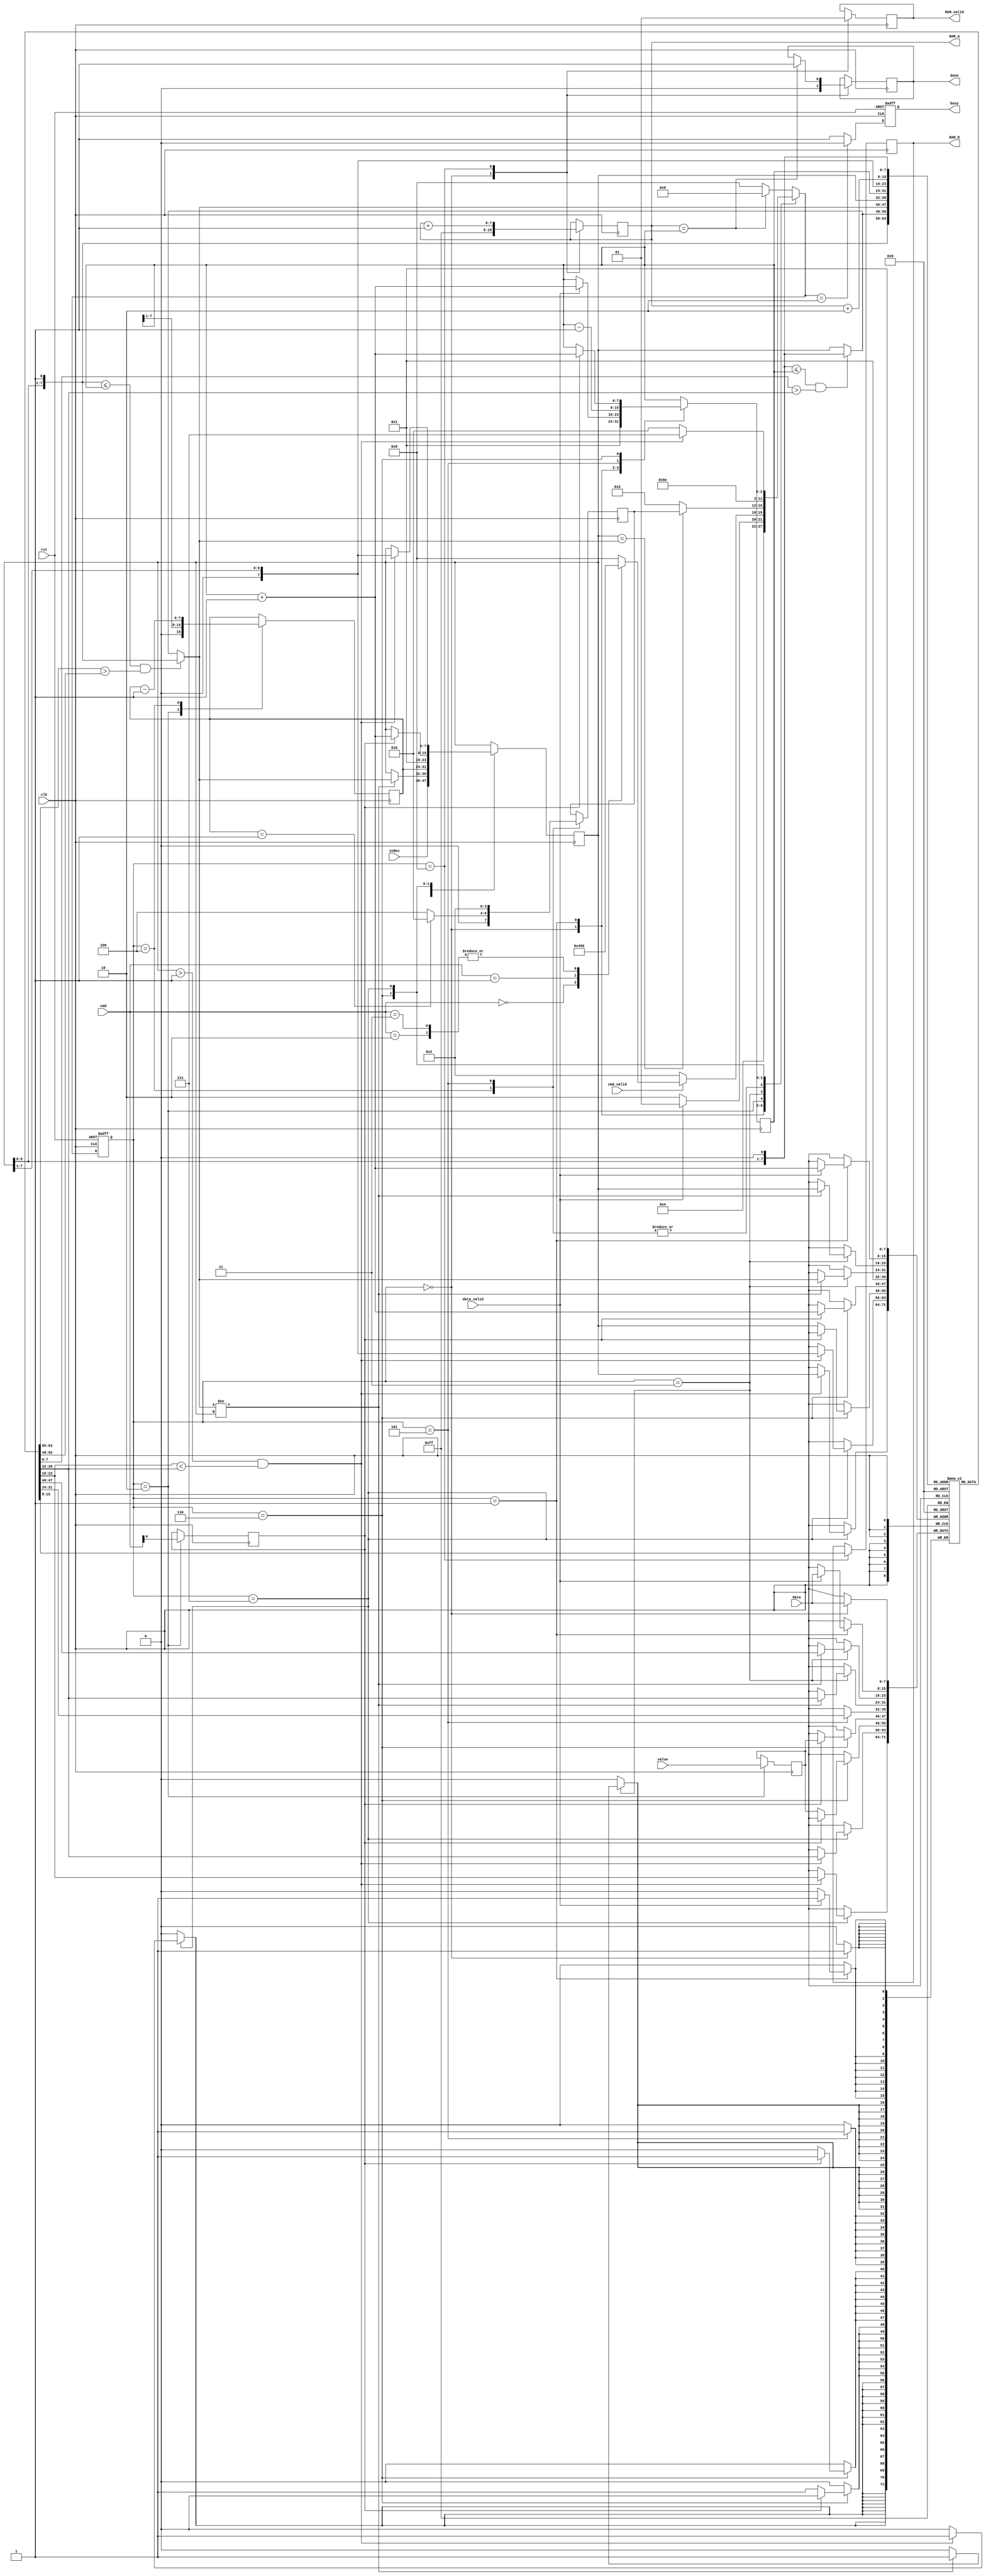
module MPQ(clk,rst,data_valid,data,cmd_valid,cmd,index,value,busy,RAM_valid,RAM_A,RAM_D,done);
input clk;
input rst;
input data_valid;
input [7:0] data;
input cmd_valid;
input [2:0] cmd;
input [7:0] index;
input [7:0] value;
output reg busy;
output reg RAM_valid;
output reg [7:0]RAM_A;
output reg [7:0]RAM_D;
output reg done;


localparam
    reset    = 0,
    load     = 1,
    wait_cmd = 2,
    heapify  = 3,
    build    = 4,
    extract  = 5,
    insert   = 6,
    while_0  = 7,
    write    = 8;

reg[3:0] state, nxt_state, ret_state;
reg[7:0] A[0:255];
reg[7:0] num, build_i, left, right, largest;
reg[7:0] index_tmp;
reg[7:0] value_tmp;
reg is_insert;
wire [7:0] index_tmp_parent = index_tmp >> 1;
wire [7:0] RAM_A_plus2 = RAM_A + 2;
wire inc_continue = (index_tmp > 1) && (A[index_tmp_parent] < A[index_tmp]);


always @(posedge clk, posedge rst)
    if(rst) state <= reset;
    else    state <= nxt_state;

always @(*) begin
    case(state)
        reset : nxt_state = load;
        load : begin
            if(!data_valid)
                nxt_state = wait_cmd;
            else
                nxt_state = load;
        end         
        wait_cmd : begin
            if(!cmd_valid)
                nxt_state = wait_cmd;
            else begin
                case(cmd)
                    0 : nxt_state = build;
                    1 : nxt_state = extract;
                    2 : nxt_state = insert;
                    3 : nxt_state = insert;
                    default : nxt_state = write;
                endcase
            end
        end
        heapify : begin
            if(index_tmp == largest)
                nxt_state = ret_state;
            else
                nxt_state = heapify;
        end
        build : begin
            nxt_state = heapify;
        end
        extract : begin
            nxt_state = heapify;
        end
        insert : begin
            nxt_state = while_0;
        end
        while_0 : begin
            if(!inc_continue)
                nxt_state = wait_cmd;
            else
                nxt_state = while_0;
        end
        default : begin
            if(RAM_A == num)
                nxt_state = reset;
            else
                nxt_state = write;
        end
    endcase
end

always @(*) begin // find max
    left = {index_tmp, 1'b0};
    right = {index_tmp, 1'b1};
    largest = index_tmp;
    if((left <= num) && (A[left] > A[index_tmp]))
        largest = left;
    if((right <= num) && (A[right] > A[largest]))
        largest = right;
end

always @(posedge clk) begin
    case(state)
        reset : begin
            A[1] <= data;
            num <= 1;
            RAM_valid <= 0;
            RAM_A     <= -1; // 8'hFF;
            done <= 0;
        end
        load : begin
            if(data_valid) begin
                num <= num + 1;
                A[num + 1] <= data;
            end
        end 
        wait_cmd : begin
            build_i <= (num >> 1);
            index_tmp <= index;
            value_tmp <= value;
            is_insert <= cmd[0];// increase : 010 insert : 011
        end 
        heapify : begin
            if(largest != index_tmp) begin
                A[index_tmp] <= A[largest];
                A[largest] <= A[index_tmp];
                index_tmp <= largest;
            end
        end 
        build : begin
            index_tmp <= build_i;
            build_i <= build_i - 1;
            if(build_i == 1)
                ret_state <= wait_cmd;
            else
                ret_state <= build;
        end 
        extract : begin
            A[1] <= A[num];
            num <= num - 1;
            index_tmp <= 1;
            ret_state <= wait_cmd;
        end 
        insert : begin
            if(is_insert) begin
                num <= num + 1;
                A[num + 1] <= value_tmp;
                index_tmp <= num + 1;
            end 
            else begin
                A[index_tmp] <= value_tmp;
            end
        end 
        while_0 : begin
            if(inc_continue) begin
                A[index_tmp_parent] <= A[index_tmp];
                A[index_tmp] <= A[index_tmp_parent];
                index_tmp <= index_tmp_parent;
            end
        end
        write : begin
            RAM_valid <= 1;
            RAM_A <= RAM_A + 1;
            RAM_D <= A[RAM_A_plus2];
            if(RAM_A == num) done <= 1;
        end 
    endcase
end

always @(posedge clk, posedge rst) begin
    if(rst) begin
        busy <= 0;
    end else begin
        if(nxt_state == wait_cmd)
            busy <= 0;
        else
            busy <= 1;
    end
end

endmodule